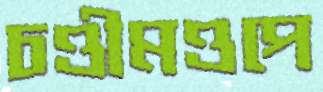
চণ্ডীমণ্ডপে